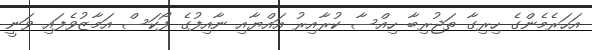
އަހަރެމެންގެ ހިރިގާ ތަޖުރިބާ ހިއްސާ ކުރާއިރު އައްޔާއި ނާއިފުގެ ފޯކަސް އަމާޒުވެފައި ވަނީ